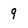
Character: 9